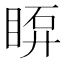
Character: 𥇼